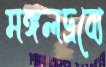
মঙ্গলদ্রব্যে